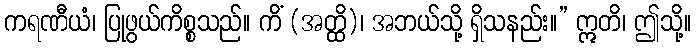
ကရဏီယံ၊ ပြုဖွယ်ကိစ္စသည်။ ကိံ (အတ္ထိ)၊ အဘယ်သို့ ရှိသနည်း။” ဣတိ၊ ဤသို့။